Annual report on the working of the Harcourt Butler Institute of Public Health, Rangoon
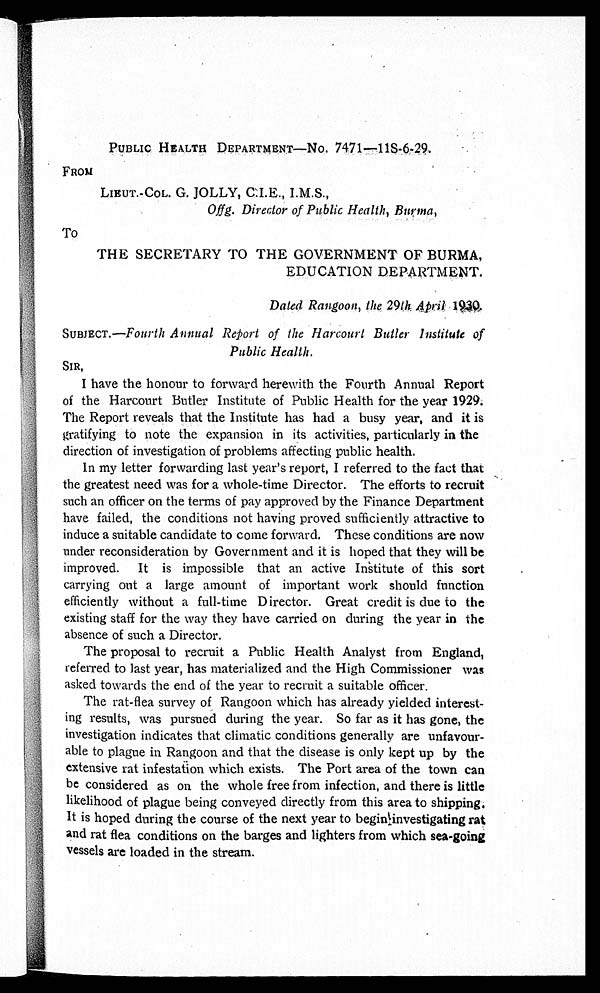
PUBLIC HEALTH DEPARTMENT—No. 7471.—11S-6-29.
FROM
LIEUT.-COL. G. JOLLY, C.I.E., I.M.S.,
Offg. Director of Public Health, Burma,
To
THE SECRETARY TO THE GOVERNMENT OF BURMA,
EDUCATION DEPARTMENT.
Dated Rangoon, the 29th April 1930.
SUBJECT.—Fourth Annual Report of the Harcourt Butler Institute of
Public Health.
SIR,
I have the honour to forward herewith the Fourth Annual Report
of the Harcourt Butler Institute of Public Health for the year 1929.
The Report reveals that the Institute has had a busy year, and it is
gratifying to note the expansion in its activities, particularly in the
direction of investigation of problems affecting public health.
In my letter forwarding last year's report, I referred to the fact that
the greatest need was for a whole-time Director. The efforts to recruit
such an officer on the terms of pay approved by the Finance Department
have failed, the conditions not having proved sufficiently attractive to
induce a suitable candidate to come forward. These conditions are now
under reconsideration by Government and it is hoped that they will be
improved. It is impossible that an active Institute of this sort
carrying out a large amount of important work should function
efficiently without a Director. Great credit is due to the
existing staff for the way they have carried on during the year in the
absence of such a Director.
The proposal to recruit a Public Health Analyst from England,
referred to last year, has materialized and the High Commissioner was
asked towards the end of the year to recruit a suitable officer.
The rat-flea survey of Rangoon which has already yielded interest
-ing results, was pursued during the year. So far as it has gone, the
investigation indicates that climatic conditions generally are unfavour
-able to plague in Rangoon and that the disease is only kept up by the
extensive rat infestation which exists. The Port area of the town can
be considered as on the whole free from infection, and there is little
likelihood of plague being conveyed directly from this area to shipping
. It is hoped during the course of the next year to begin investigating rat
and rat flea conditions on the barges and lighters from which sea-going
vessels are loaded in the stream.